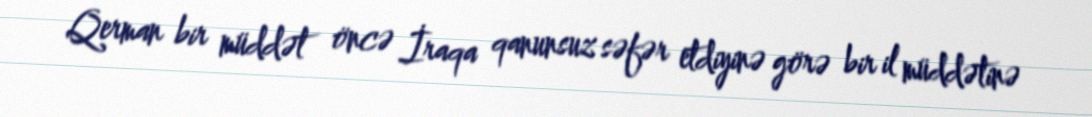
Qerman bir müddət öncə İraqa qanunsuz səfər etdiyinə görə bir il müddətinə